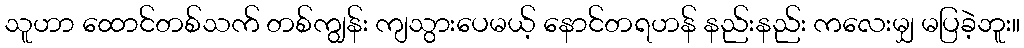
သူဟာ ထောင်တစ်သက် တစ်ကျွန်း ကျသွားပေမယ့် နောင်တရဟန် နည်းနည်း ကလေးမျှ မပြခဲ့ဘူး။